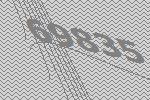
69835